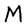
Character: M